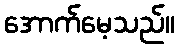
အောက်မေ့သည်။